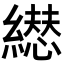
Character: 𦅋